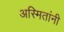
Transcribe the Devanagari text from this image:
अस्मितांनी